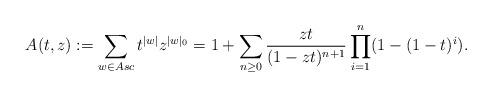
LaTeX: \begin{align*}A(t,z):= \sum_{w \in Asc} t^{|w|} z^{|w|_0} = 1+ \sum_{n \geq 0} \frac{zt}{(1-zt)^{n+1}} \prod_{i=1}^n (1-(1-t)^i).\end{align*}